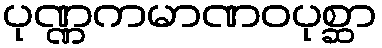
ပုဏ္ဏကမာဏဝပုစ္ဆာ